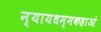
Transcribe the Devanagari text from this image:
न्यायधम्मकहाओ